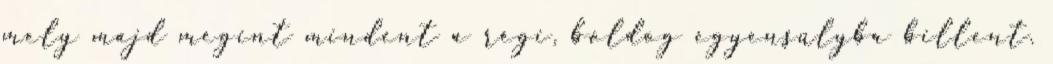
mely majd megint mindent a régi, boldog egyensúlyba billent.